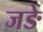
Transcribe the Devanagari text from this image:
जङे